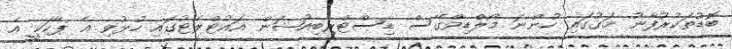
ބޮޑުތަކުރުފާނު މަގުގައި ހުންނަ މޯލްޑިވްގޭސް ޑިސްޓްރިބިއުޝަން އައުޓްލެޓުގައި ހުޅުވި އެ ޕާކަކީ އެ